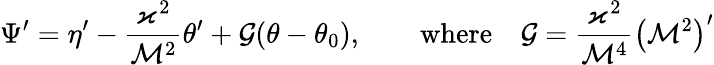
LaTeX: \Psi^{\prime}=\eta^{\prime}-\frac{\varkappa^{2}}{\mathcal{M}^{2}}\theta^{\prime}+\mathcal{G}(\theta-\theta_{0}),\qquad\mathrm{where}\quad\mathcal{G}=\frac{\varkappa^{2}}{\mathcal{M}^{4}}\left(\mathcal{M}^{2}\right)^{\prime}